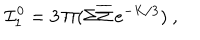
{ \cal I } _ { 1 } ^ { 0 } = 3 \, \Pi ( \Sigma \overline { { { \Sigma } } } \, e ^ { - K / 3 } ) \ ,